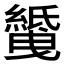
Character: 𱺅